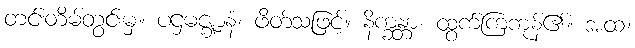
တင်းတိမ်တွင်းမှ။ ပဌမဇ္ဈာနံ၊ ဖိတ်သဖြင့်။ နိက္ခန္တာ၊ ထွက်ကြကုန်၏။ အထ၊